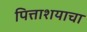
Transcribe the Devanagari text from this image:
पित्ताशयाचा